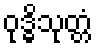
ဝုဒ္ဓိသုတ္တံ